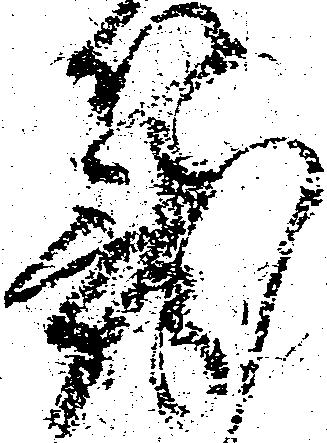
篭